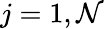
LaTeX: j=1,\mathcal{N}